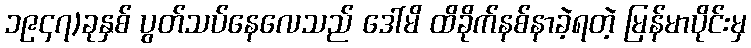
၁၉၄၇)ခုနှစ် ပွတ်သပ်နေလေသည် ဒေါ်မိ ထိခိုက်နစ်နာခဲ့ရတဲ့ မြန်မာပိုင်းမှ